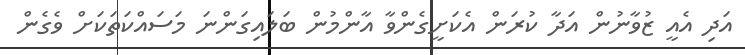
އަދި އެއީ ޒުވާނުން އަދާ ކުރަން އެކަށީގެންވާ އާންމުން ބަލައިގަންނަ މަސައްކަތަކަށް ވެގެން